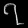
Digit: ၇